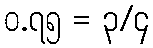
၀.၇၅ = ၃/၄